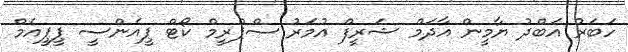
ހަބަރު އަބްދު ޔާމީން އާދަމް ޝަރީފް އުމަރު ސްޕްރީމް ކޯޓް ޕީއެންސީ ޕީޕީއެމް